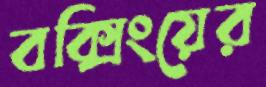
বক্সিংয়ের